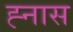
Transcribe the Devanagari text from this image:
ह्नास